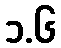
၁.၆